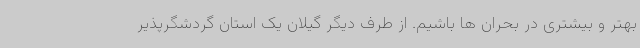
بهتر و بیشتری در بحران ها باشیم. از طرف دیگر گیلان یک استان گردشگرپذیر